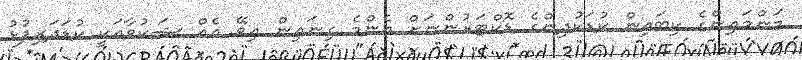
މަންމައިންގެ ކިބައިން ކުޑަކުދިންގެ ޑޮކްޓަރުންނަށް އެންމެ ގިނައިން އިވޭ އެއް ޝަކުވާއަކީ ކުޑަދަރިފުޅު